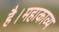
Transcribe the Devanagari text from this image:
है।महाकाव्य